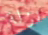
نزلة